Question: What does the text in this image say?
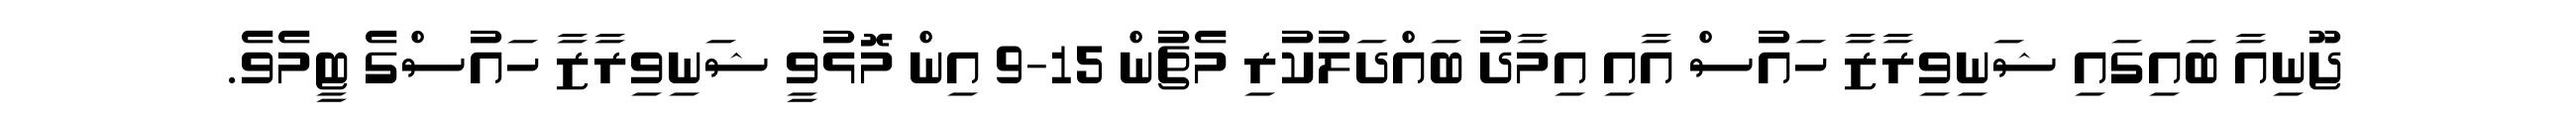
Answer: ޖޫނިއާ ބައިގައި ޝަނިވިރާޒާ ހައުސް އާއި އިމާދު ބައްދަލުކުރި މެޗުން 15-9 އިން މޮޅުވީ ޝަނިވިރާޒާ ހައުސްގެ ޓީމެވެ.